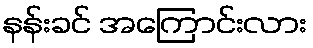
နန်းခင် အကြောင်းလား